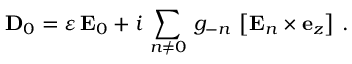
{ \bf D } _ { 0 } = \varepsilon \, { \bf E } _ { 0 } + i \, \sum _ { n \not = 0 } \, g _ { - n } \, \left[ { \bf E } _ { n } \times { \bf e } _ { z } \right] \: .